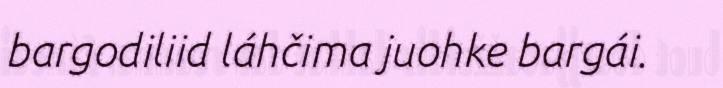
bargodiliid láhčima juohke bargái.